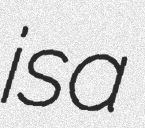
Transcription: is a